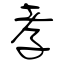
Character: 孝